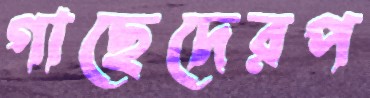
গাছেদেরপ